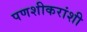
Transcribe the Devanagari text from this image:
पणशीकरांशी